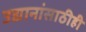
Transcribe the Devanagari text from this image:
उद्यानांसाठीही